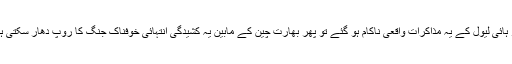
اگر ہائی لیول کے یہ مذاکرات واقعی ناکام ہو گئے تو پھر بھارت چین کے مابین یہ کشیدگی انتہائی خوفناک جنگ کا روپ دھار سکتی ہے۔